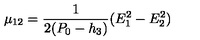
\mu _ { 1 2 } = { \frac { 1 } { 2 ( P _ { 0 } - h _ { 3 } ) } } ( E _ { 1 } ^ { 2 } - E _ { 2 } ^ { 2 } )